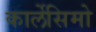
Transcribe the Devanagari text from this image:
कार्लेसिमो